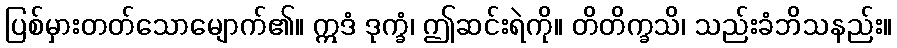
ပြစ်မှားတတ်သောမျောက်၏။ ဣဒံ ဒုက္ခံ၊ ဤဆင်းရဲကို။ တိတိက္ခသိ၊ သည်းခံဘိသနည်း။